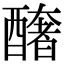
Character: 𨣍